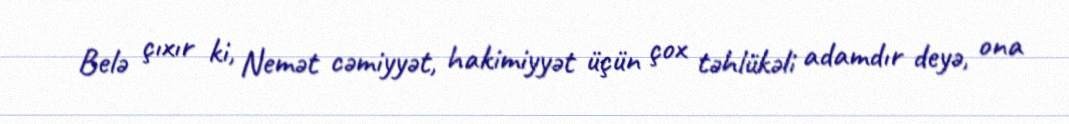
Belə çıxır ki, Nemət cəmiyyət, hakimiyyət üçün çox təhlükəli adamdır deyə, ona